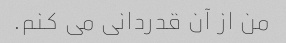
من از آن قدردانی می کنم.